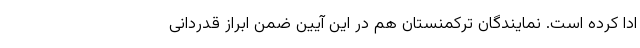
ادا کرده است. نمایندگان ترکمنستان هم در این آیین ضمن ابراز قدردانی